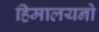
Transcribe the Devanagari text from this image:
हिमालयनो